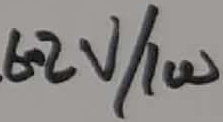
Text: 6.2V/1W